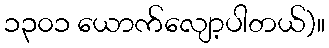
၁၃၀၁ ယောက်လျော့ပါတယ်)။